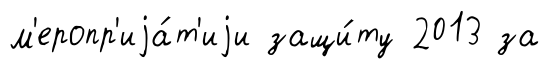
м'еропр'иjа́т'иjи защи́ту 2013 за